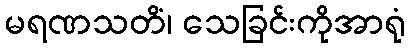
မရဏသတိံ၊ သေခြင်းကိုအာရုံ